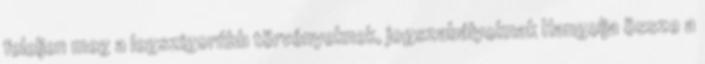
feleljen meg a legszigorúbb törvényeknek, jogszabályoknak Hangolja össze a